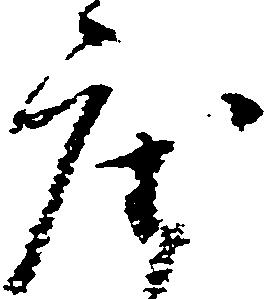
座